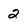
Character: 2